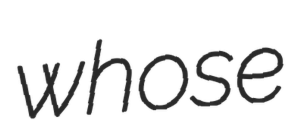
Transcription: whose